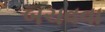
બચવવા